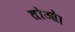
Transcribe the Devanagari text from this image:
तोओ।